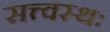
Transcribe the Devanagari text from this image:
सत्त्वस्थः